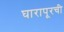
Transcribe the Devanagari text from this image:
घारापूरची